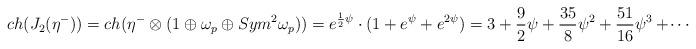
LaTeX: \begin{align*} ch(J_2(\eta^-)) = ch(\eta^- \otimes (1 \oplus \omega_p \oplus Sym^2 \omega_p))= e^{\frac{1}{2}\psi} \cdot (1 +e^\psi +e^{2\psi})= 3 +\frac{9}{2}\psi +\frac{35}{8}\psi^2 +\frac{51}{16}\psi^3 +\!\cdots\end{align*}